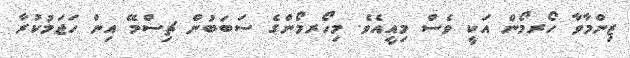
ޒިންމާވާ ހޯރމޯން އަކީ ވެސް މިއީއެވެ. މިހޯރމޯންގެ ސަބަބުން ޗިސްމޭ އިން ހަޖަމުކުރާ